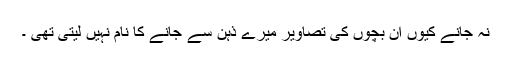
نہ جانے کیوں ان بچوں کی تصاویر میرے ذہن سے جانے کا نام نہیں لیتی تھی ۔